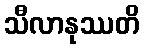
သီလာနုဿတိ